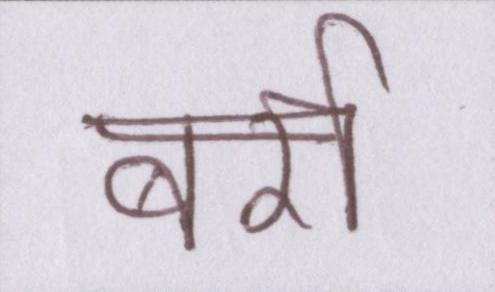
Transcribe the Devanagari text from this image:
बर्रा